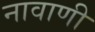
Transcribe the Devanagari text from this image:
नावाणी